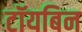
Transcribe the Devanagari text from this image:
टॉयबिन